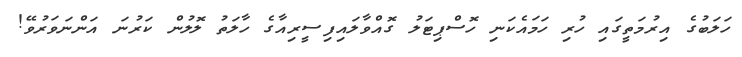
ހަލަބުގެ އިރުމަތީގައި ހުރި ހަމައެކަނި ހޮސްޕިޓަލު ގޮއްވާލައިފިސީރިއާގެ ހާލަތު ލޮލުން ކަރުނަ އަންނަވަރުވޭ!